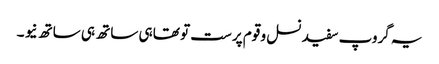
یہ گروپ سفید نسل و قوم پرست تو تھا ہی ساتھ ہی ساتھ نیو ۔